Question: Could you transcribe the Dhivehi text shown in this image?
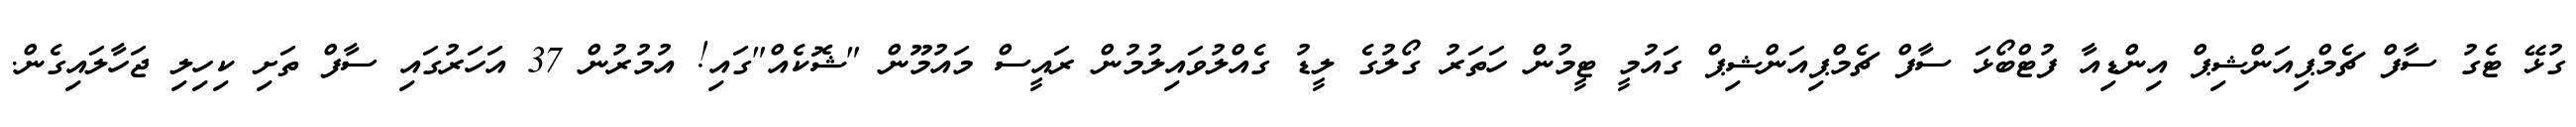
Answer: ގުޅޭ ޓެގު ސާފް ޗެމްޕިއަންޝިޕް އިންޑިއާ ފުޓްބޯޅަ ސާފް ޗެމްޕިއަންޝިޕް ގައުމީ ޓީމުން ހަތަރު ގޯލުގެ ލީޑު ގެއްލުވައިލުމުން ރައީސް މައުމޫން "ޝޮކެއް"ގައި! އުމުރުން 37 އަހަރުގައި ސާފް ތަށި ކިހިލި ޖަހާލައިގެން.